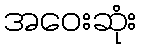
အဝေးဆုံး